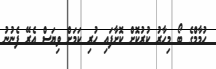
ހުމާމްގެ ބޯ މިހާރު ކުރުކޮށް ކޮށާފައި ހުރި ކަމަށް ވިޔަސް އެރޭ ފެނުނު